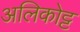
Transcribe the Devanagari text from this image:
अलिकोट्ट